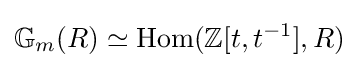
\mathbb {G} _{m}(R)\simeq \operatorname {Hom} (\mathbb {Z} [t,t^{-1}],R)